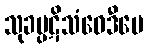
သုခပ္ပဋိသံဝေဒီပေ